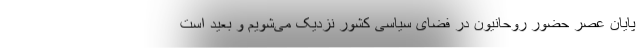
پایان عصر حضور روحانیون در فضای سیاسی کشور نزدیک می‌شویم و بعید است